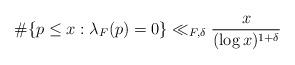
LaTeX: \begin{align*}\#\{p\leq x : \lambda_F(p)=0\}\ll_{F, \delta} \frac{x}{(\log x)^{1+\delta}}\end{align*}